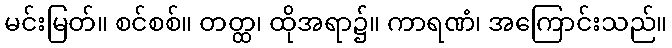
မင်းမြတ်။ စင်စစ်။ တတ္ထ၊ ထိုအရာ၌။ ကာရဏံ၊ အကြောင်းသည်။